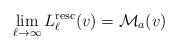
LaTeX: \begin{align*}\lim_{\ell\to \infty}L^{\rm resc}_\ell(v)=\mathcal{M}_{a}(v)\end{align*}